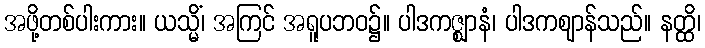
အဖို့တစ်ပါးကား။ ယသ္မိံ၊ အကြင် အရူပဘဝ၌။ ပါဒကဇ္ဈာနံ၊ ပါဒကဈာန်သည်။ နတ္ထိ၊